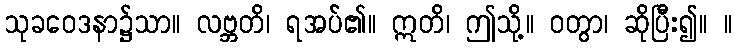
သုခဝေဒနာ၌သာ။ လဗ္ဘတိ၊ ရအပ်၏။ ဣတိ၊ ဤသို့။ ဝတွာ၊ ဆိုပြီး၍။ ။